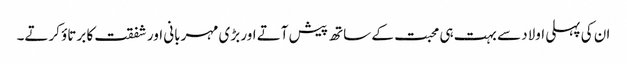
ان کی پہلی اولاد سے بہت ہی محبت کے ساتھ پیش آتے اور بڑی مہربانی اور شفقت کا برتاؤ کرتے۔